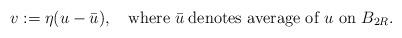
LaTeX: \begin{align*}v:=\eta(u-\bar u),\quad\mbox{where}\;\bar u\;\mbox{denotes average of $u$ on $B_{2R}$}.\end{align*}